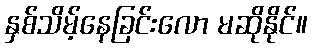
နှစ်သိမ့်နေခြင်းလော မဆိုနိုင်။